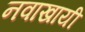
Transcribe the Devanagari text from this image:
नवाखायी